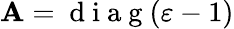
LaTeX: \mathbf{A}=\mathrm{{~d~i~a~g~}}(\varepsilon-1)